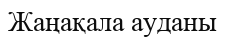
Жаңақала ауданы